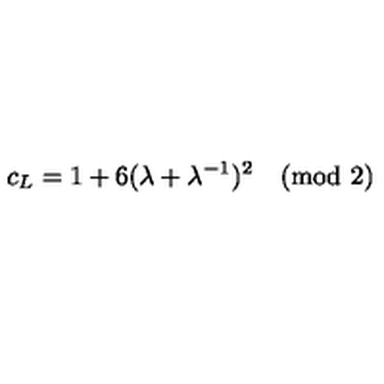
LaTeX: c _ { L } = 1 + 6 ( \lambda + \lambda ^ { - 1 } ) ^ { 2 } \pmod 2